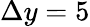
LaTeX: \Delta y=5